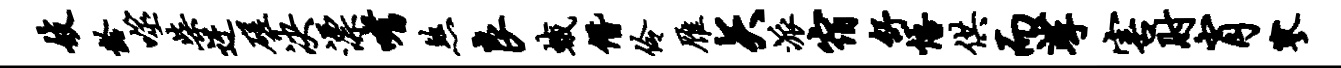
妓龄噬柴迂磋决漂嗜煞良蛾僭伶雁矢派宿舒悟供而挲害肘肖寥